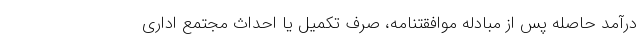
درآمد حاصله پس از مبادله موافقتنامه، صرف تکمیل یا احداث مجتمع اداری